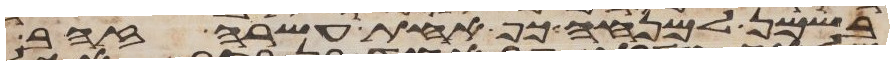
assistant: בשמן למנחה כף אחת עשרה זהב